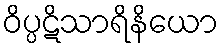
ဝိပ္ပဋိသာရိနိယော